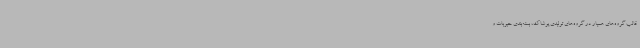
قالب گروه‌های همیار در گروه‌های تولیدی پوشاک، بسته‌بندی حبوبات و